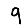
Digit: 9